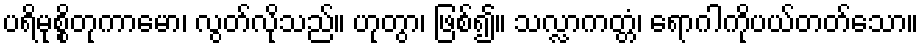
ပရိမုစ္စိတုကာမော၊ လွတ်လိုသည်။ ဟုတွာ၊ ဖြစ်၍။ သလ္လာကတ္တံ၊ ရောဂါကိုပယ်တတ်သော။